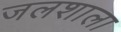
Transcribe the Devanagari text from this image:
जलशाला